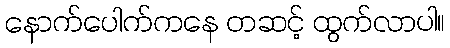
နောက်ပေါက်ကနေ တဆင့် ထွက်လာပါ။